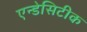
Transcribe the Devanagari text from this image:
एन्डेसिटीक